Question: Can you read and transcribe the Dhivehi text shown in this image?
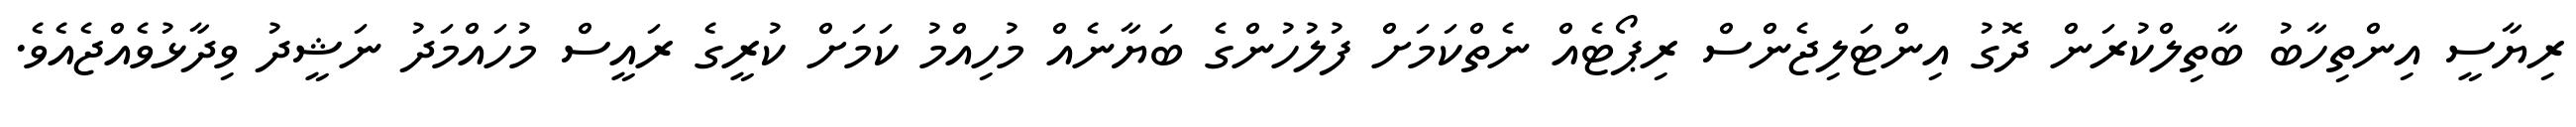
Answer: ރިޔާސީ އިންތިހާބު ބާތިލްކުރަން ދޮގު އިންޓަލިޖެންސް ރިޕޯޓެއް ނެތްކަމަށް ފުލުހުންގެ ބަޔާނެއް މުހިއްމު ކަމަށް ކުރީގެ ރައީސް މުހައްމަދު ނަޝީދު ވިދާޅުވެއްޖެއެވެ.